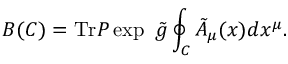
B ( C ) = \mathrm { T r } P \exp \ \tilde { g } \oint _ { C } \tilde { A } _ { \mu } ( x ) d x ^ { \mu } .